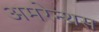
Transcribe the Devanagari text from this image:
अमरेन्थस